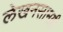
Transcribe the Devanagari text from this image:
लेखनसामग्री